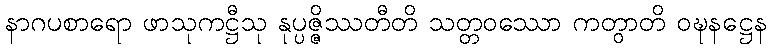
နာဂပစာရော ဖာသုကဋ္ဌီသု နုပ္ပဇ္ဇိဿတီတိ သတ္တဝဿော ကတွာတိ ဝဍ္ဎနဋ္ဌေန